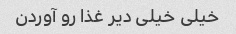
خیلی خیلی دیر غذا رو آوردن